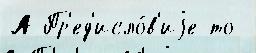
А Пр'ед'исло́в'иjе то